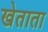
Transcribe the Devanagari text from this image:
खेताता